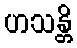
ဟသန္တိ